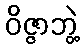
ဝိဇ္ဇာဘွဲ့